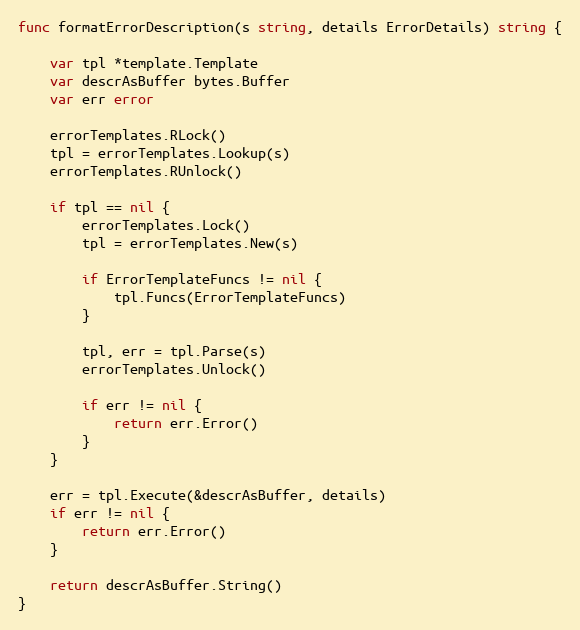
Language: Go
func formatErrorDescription(s string, details ErrorDetails) string {

	var tpl *template.Template
	var descrAsBuffer bytes.Buffer
	var err error

	errorTemplates.RLock()
	tpl = errorTemplates.Lookup(s)
	errorTemplates.RUnlock()

	if tpl == nil {
		errorTemplates.Lock()
		tpl = errorTemplates.New(s)

		if ErrorTemplateFuncs != nil {
			tpl.Funcs(ErrorTemplateFuncs)
		}

		tpl, err = tpl.Parse(s)
		errorTemplates.Unlock()

		if err != nil {
			return err.Error()
		}
	}

	err = tpl.Execute(&descrAsBuffer, details)
	if err != nil {
		return err.Error()
	}

	return descrAsBuffer.String()
}